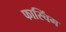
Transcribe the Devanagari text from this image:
फास्चिंग